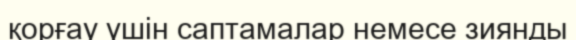
қорғау үшін саптамалар немесе зиянды